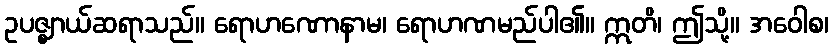
ဥပဇ္ဈာယ်ဆရာသည်။ ရောဟဏောနာမ၊ ရောဟဏမည်ပါ၏။ ဣတိ၊ ဤသို့။ အဝေါစ၊